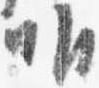
唯